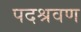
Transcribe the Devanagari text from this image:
पदश्रवण